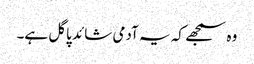
وہ سمجھے کہ یہ آدمی شائد پاگل ہے۔